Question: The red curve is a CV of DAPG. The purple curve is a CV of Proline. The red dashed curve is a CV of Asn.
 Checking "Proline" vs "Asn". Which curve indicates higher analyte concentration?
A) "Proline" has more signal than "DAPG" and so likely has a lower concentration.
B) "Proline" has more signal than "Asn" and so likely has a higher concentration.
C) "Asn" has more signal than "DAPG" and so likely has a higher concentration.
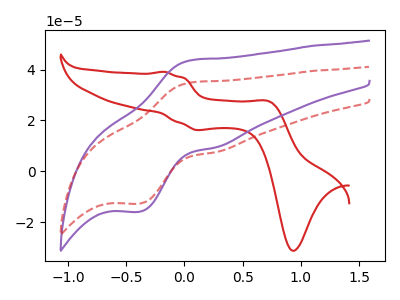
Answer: <think>The red curve "DAPG" has anodic peaks at (-0.15V, 39.10uA) (0.75V, 27.20uA) and cathodic peaks at (0.10V, 16.20uA) (0.95V, -31.30uA). The purple curve "Proline" has an anodic peak at (0.05V, 43.70uA) and a cathodic peak at (-0.40V, -15.95uA). The red dashed curve "Asn" has an anodic peak at (0.05V, 34.95uA) and a cathodic peak at (-0.40V, -12.75uA).
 All the peaks in "Proline" have a peak in "Asn" at the same potential. Every peak in "Proline" is higher than every peak in "Asn".</think>
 <answer>B) "Proline" has more signal than "Asn" and so likely has a higher concentration.</answer>
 <eval>B</eval>